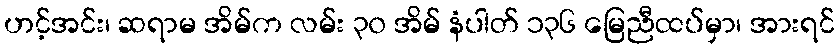
ဟင့်အင်း၊ ဆရာမ အိမ်က လမ်း ၃၀ အိမ် နံပါတ် ၁၃၆ မြေညီထပ်မှာ၊ အားရင်